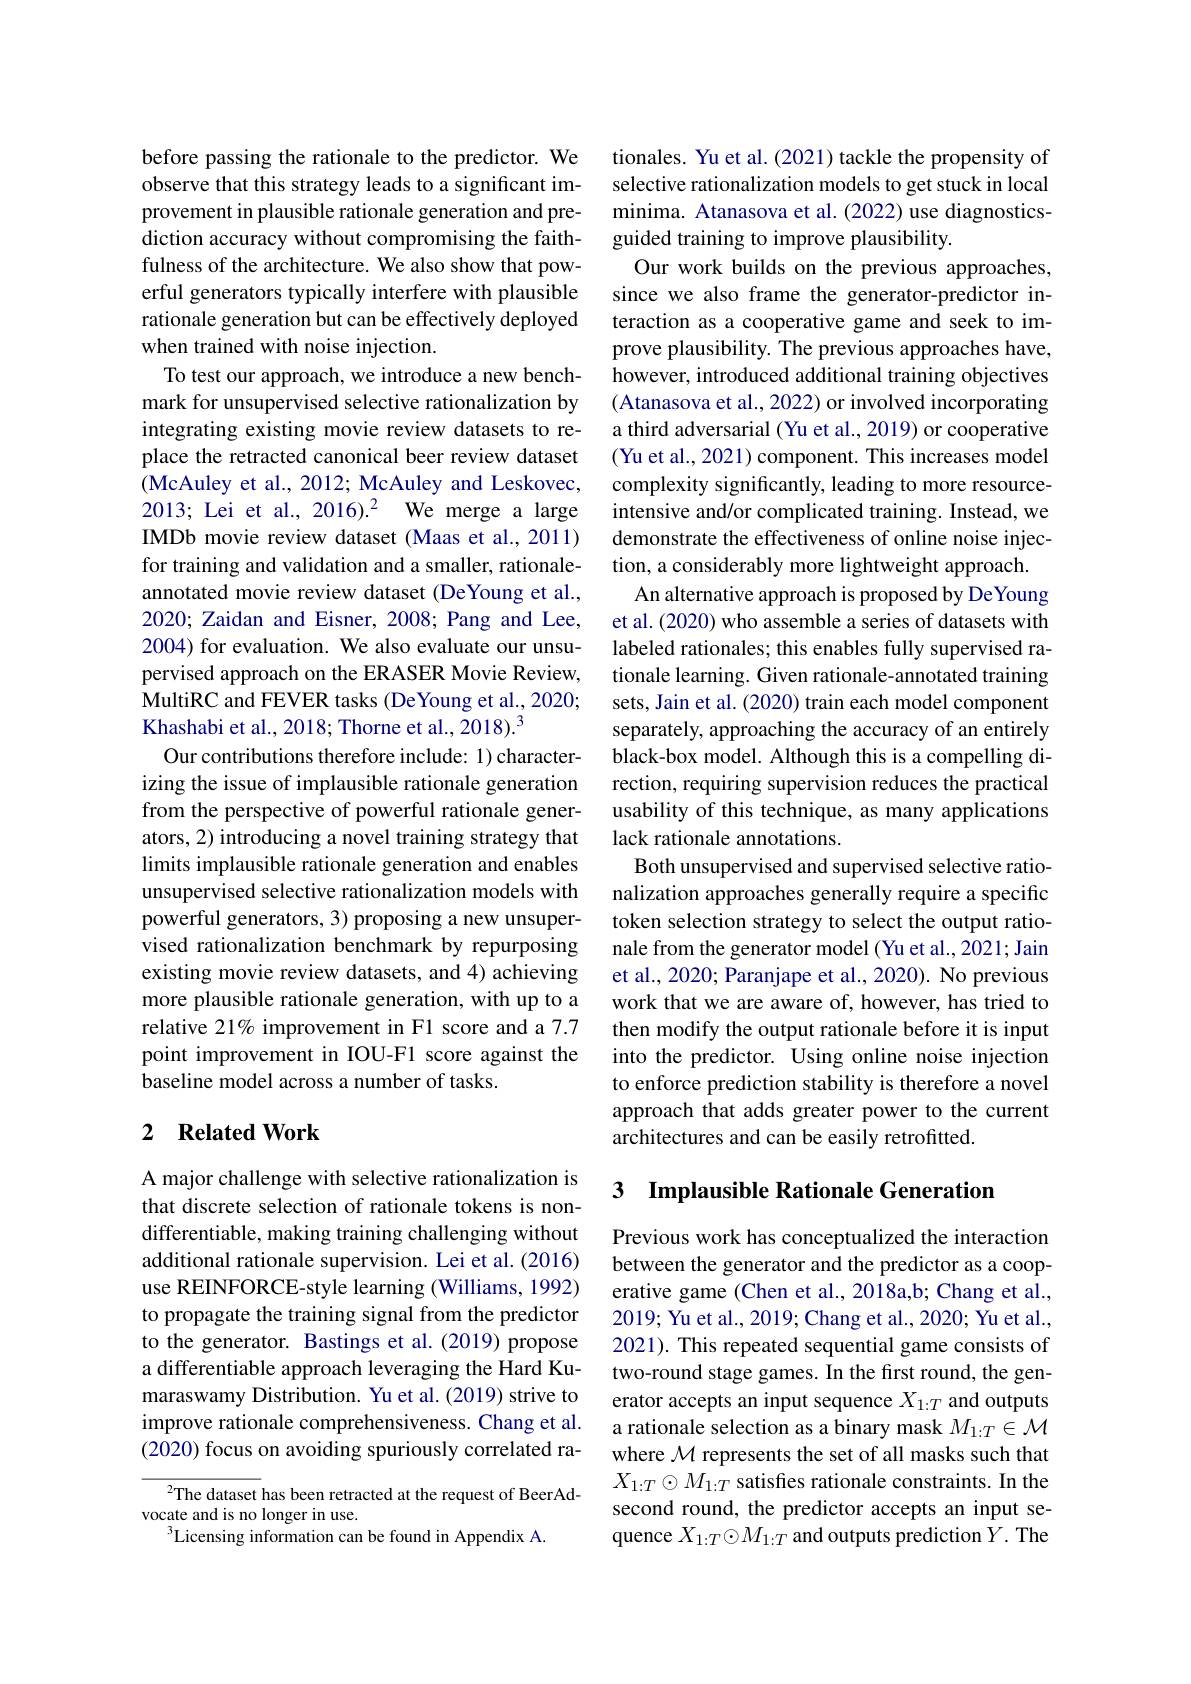
before passing the rationale to the predictor. We observe that this strategy leads to a significant improvement in plausible rationale generation and prediction accuracy without compromising the faithfulness of the architecture. We also show that powerful generators typically interfere with plausible rationale generation but can be effectively deployed when trained with noise injection.
To test our approach, we introduce a new benchmark for unsupervised selective rationalization by integrating existing movie review datasets to replace the retracted canonical beer review dataset (McAuley et al., 2012; McAuley and Leskovec, 2013; Lei et al., 2016).2 We merge a large IMDb movie review dataset (Maas et al., 2011) for training and validation and a smaller, rationaleannotated movie review dataset (DeYoung et al., 2020; Zaidan and Eisner, 2008; Pang and Lee, 2004) for evaluation. We also evaluate our unsupervised approach on the ERASER Movie Review, MultiRC and FEVER tasks (DeYoung et al., 2020; Khashabi et al., 2018; Thorne et al., 2018).$^{3}$
Our contributions therefore include: 1) characterizing the issue of implausible rationale generation from the perspective of powerful rationale generators, 2) introducing a novel training strategy that limits implausible rationale generation and enables unsupervised selective rationalization models with powerful generators, 3) proposing a new unsupervised rationalization benchmark by repurposing existing movie review datasets, and 4) achieving more plausible rationale generation, with up to a relative 21% improvement in F1 score and a 7.7 point improvement in IOU-F1 score against the baseline model across a number of tasks.

## 2 $\textbf{Related Work}$

A major challenge with selective rationalization is that discrete selection of rationale tokens is nondifferentiable, making training challenging without additional rationale supervision. Lei et al. (2016) use REINFORCE-style learning (Williams, 1992) to propagate the training signal from the predictor to the generator. Bastings et al.(2019) propose a differentiable approach leveraging the Hard Kumaraswamy Distribution. Yu et al. (2019) strive to improve rationale comprehensiveness. Chang et al. (2020) focus on avoiding spuriously correlated ra-

${^2\text{The dataset }}$has been retracted at the request of BeerAd-
vocate and is no longer in use.
$^3$Licensing information can be found in Appendix A.

tionales. Yu et al. (2021) tackle the propensity of selective rationalization models to get stuck in local minima. Atanasova et al. (2022) use diagnosticsguided training to improve plausibility.
Our work builds on the previous approaches, since we also frame the generator-predictor interaction as a cooperative game and seek to improve plausibility. The previous approaches have, however, introduced additional training objectives (Atanasova et al., 2022) or involved incorporating a third adversarial (Yu et al., 2019) or cooperative (Yu et al., 2021) component. This increases model complexity significantly, leading to more resourceintensive and/or complicated training. Instead, we demonstrate the effectiveness of online noise injection, a considerably more lightweight approach.
An alternative approach is proposed by DeYoung et al. (2020) who assemble a series of datasets with labeled rationales; this enables fully supervised rationale learning. Given rationale-annotated training sets, Jain et al. (2020) train each model component separately, approaching the accuracy of an entirely black-box model. Although this is a compelling direction, requiring supervision reduces the practical usability of this technique, as many applications lack rationale annotations.
Both unsupervised and supervised selective rationalization approaches generally require a specific token selection strategy to select the output rationale from the generator model (Yu et al., 2021; Jain et al., 2020; Paranjape et al., 2020). No previous work that we are aware of, however, has tried to then modify the output rationale before it is input into the predictor. Using online noise injection to enforce prediction stability is therefore a novel approach that adds greater power to the current architectures and can be easily retrofitted.

## 3 Implausible Rationale Generation

Previous work has conceptualized the interaction between the generator and the predictor as a cooperative game (Chen et al., 2018a,b; Chang et al., 2019; Yu et al., 2019; Chang et al., 2020; Yu et al., 2021). This repeated sequential game consists of two-round stage games. In the first round, the generator accepts an input sequence $X_1:T$ and outputs a rationale selection as a binary mask $M_{1:T}\in\mathcal{M}$ where $\mathcal{M}$ represents the set of all masks such that $X_{1:T}\odot M_{1:T}$ satisfes rationale constraints. In the second round, the predictor accepts an input sequence $X_{1:T}\odot M_{1:T}$ and outputs prediction $\bar{Y}.$ The